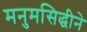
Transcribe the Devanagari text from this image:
मनुमसिद्धीने